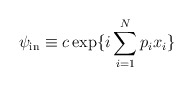
\begin{align*}\psi_{\rm in} \equiv c \exp \{ i \sum_{i=1}^N p_i x_i \}\,\,\end{align*}